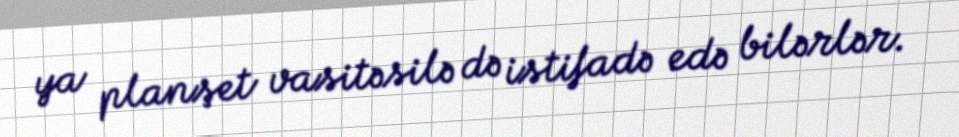
ya planşet vasitəsilə də istifadə edə bilərlər.